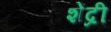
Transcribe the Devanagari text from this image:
शेंद्री